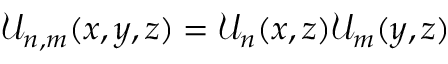
\mathcal { U } _ { n , m } ( x , y , z ) = \mathcal { U } _ { n } ( x , z ) \mathcal { U } _ { m } ( y , z )